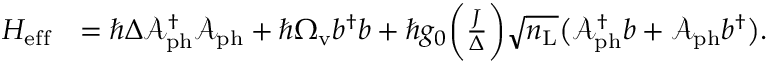
\begin{array} { r l } { H _ { \mathrm { e f f } } } & { = \hbar \Delta \mathcal { A } _ { \mathrm { p h } } ^ { \dagger } \mathcal { A } _ { \mathrm { p h } } + \hbar \Omega _ { \mathrm { v } } b ^ { \dagger } b + \hbar g _ { 0 } \bigg ( \frac { J } { \Delta } \bigg ) \sqrt { n _ { \mathrm { L } } } \big ( \mathcal { A } _ { \mathrm { p h } } ^ { \dagger } b + \mathcal { A } _ { \mathrm { p h } } b ^ { \dagger } \big ) . } \end{array}